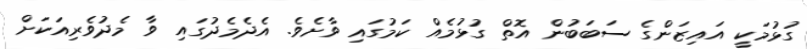
ގުޅުމަކީ އައިޒަންގެ ސަބަބުން އޮތް ގުޅުމެއް ކަމުގައި ވާށެވެ. އެދެމެދުގައި ވާ މެދުވެރިއަކަށް